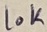
Text: 10K